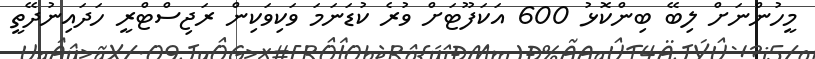
މީހުންނަށް ލިބޭ ބިންކޮޅު 600 އަކަފޫޓަށް ވުރެ ކުޑަނަމަ ވަކިވަކިން ރަޖިސްޓްރީ ހަދައިނުދޭތީ